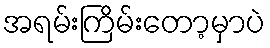
အရမ်းကြိမ်းတော့မှာပဲ